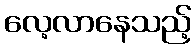
လေ့လာနေသည့်